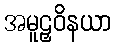
အမူဠှဝိနယာ